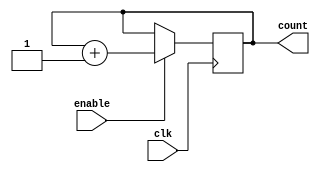
module binary_up_counter_enable (
    input clk,
    input enable,
    output reg [3:0] count
);

always @(posedge clk) begin
    if(enable == 1'b1) begin
        count <= count + 1;
    end
end

endmodule